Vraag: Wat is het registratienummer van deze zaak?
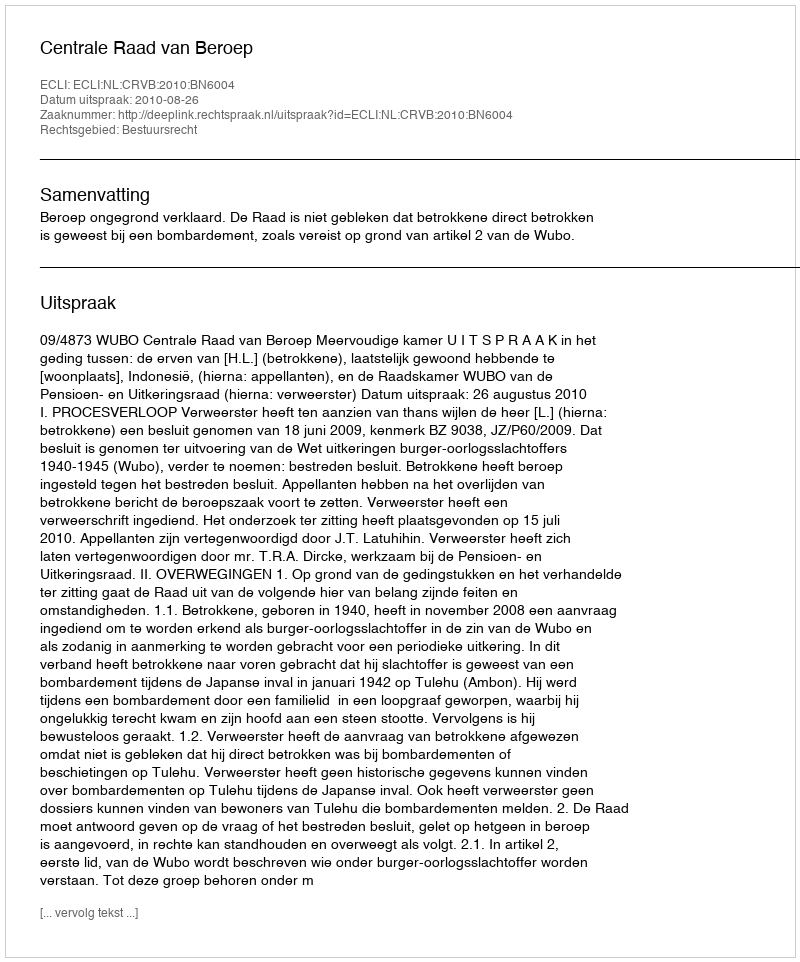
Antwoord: http://deeplink.rechtspraak.nl/uitspraak?id=ECLI:NL:CRVB:2010:BN6004